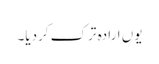
یوں ارادہ ترک کردیا۔